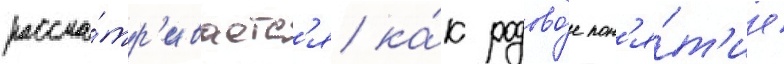
рассма́тр'иваетс'я ка́к родово́е пон'я́т'ие